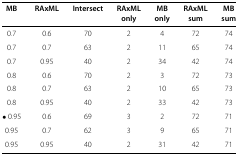
<table><thead><tr><td><b>MB</b></td><td><b>RAxML</b></td><td><b>Intersect</b></td><td><b>RAxML</b></td><td><b>MB</b></td><td><b>RAxML</b></td><td><b>MB</b></td></tr><tr><td><b> </b></td><td><b> </b></td><td><b> </b></td><td><b>only</b></td><td><b>only</b></td><td><b>sum</b></td><td><b>sum</b></td></tr></thead><tbody><tr><td>0.7</td><td>0.6</td><td>70</td><td>2</td><td>4</td><td>72</td><td>74</td></tr><tr><td>0.7</td><td>0.7</td><td>63</td><td>2</td><td>11</td><td>65</td><td>74</td></tr><tr><td>0.7</td><td>0.95</td><td>40</td><td>2</td><td>34</td><td>42</td><td>74</td></tr><tr><td>0.8</td><td>0.6</td><td>70</td><td>2</td><td>3</td><td>72</td><td>73</td></tr><tr><td>0.8</td><td>0.7</td><td>63</td><td>2</td><td>10</td><td>65</td><td>73</td></tr><tr><td>0.8</td><td>0.95</td><td>40</td><td>2</td><td>33</td><td>42</td><td>73</td></tr><tr><td>● 0.95</td><td>0.6</td><td>69</td><td>3</td><td>2</td><td>72</td><td>71</td></tr><tr><td>0.95</td><td>0.7</td><td>62</td><td>3</td><td>9</td><td>65</td><td>71</td></tr><tr><td>0.95</td><td>0.95</td><td>40</td><td>2</td><td>31</td><td>42</td><td>71</td></tr></tbody></table>